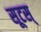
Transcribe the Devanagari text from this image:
सूटस्